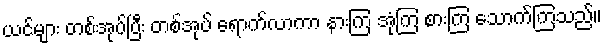
ယင်များ တစ်အုပ်ပြီး တစ်အုပ် ရောက်လာကာ နားကြ အုံကြ စားကြ သောက်ကြသည်။